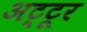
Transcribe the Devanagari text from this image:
अट्टूर